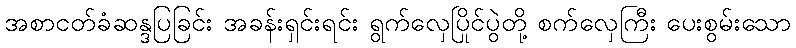
အစာငတ်ခံဆန္ဒပြခြင်း အခန်းရှင်းရင်း ရွက်လှေပြိုင်ပွဲတို့ စက်လှေကြီး ပေးစွမ်းသော